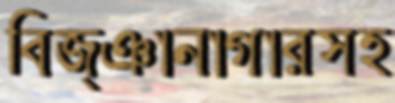
বিজ্ঞানাগারসহ